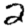
Digit: 2